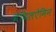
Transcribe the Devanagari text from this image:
मेथिलऐमिन